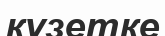
күзетке